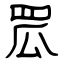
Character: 罛